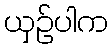
ယှဉ်ပါက